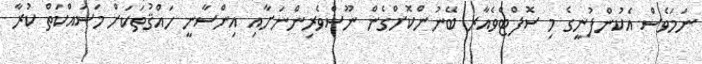
ނަމަވެސް އެކުންފުނީގެ މި ސޮފްޓްވެއާރ ބޭނުންކޮށްގެން ނޫސްވެރިންނަށާއި އިންސާނީ ހައްޤުތަކަށް މަސައްކަތް ކުރާ